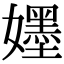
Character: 𡣫